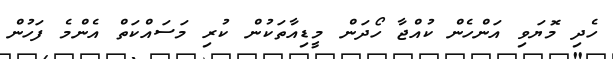
ހެދި މޮޔަވި އަންހެން ކުއްޖާ ހޯދަން މީޑިއާތަކުން ކުރި މަސައްކަތް އެންމެ ފަހުން